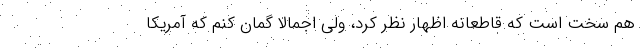
هم سخت است که قاطعانه اظهار نظر کرد، ولی اجمالاً گمان کنم که آمریکا